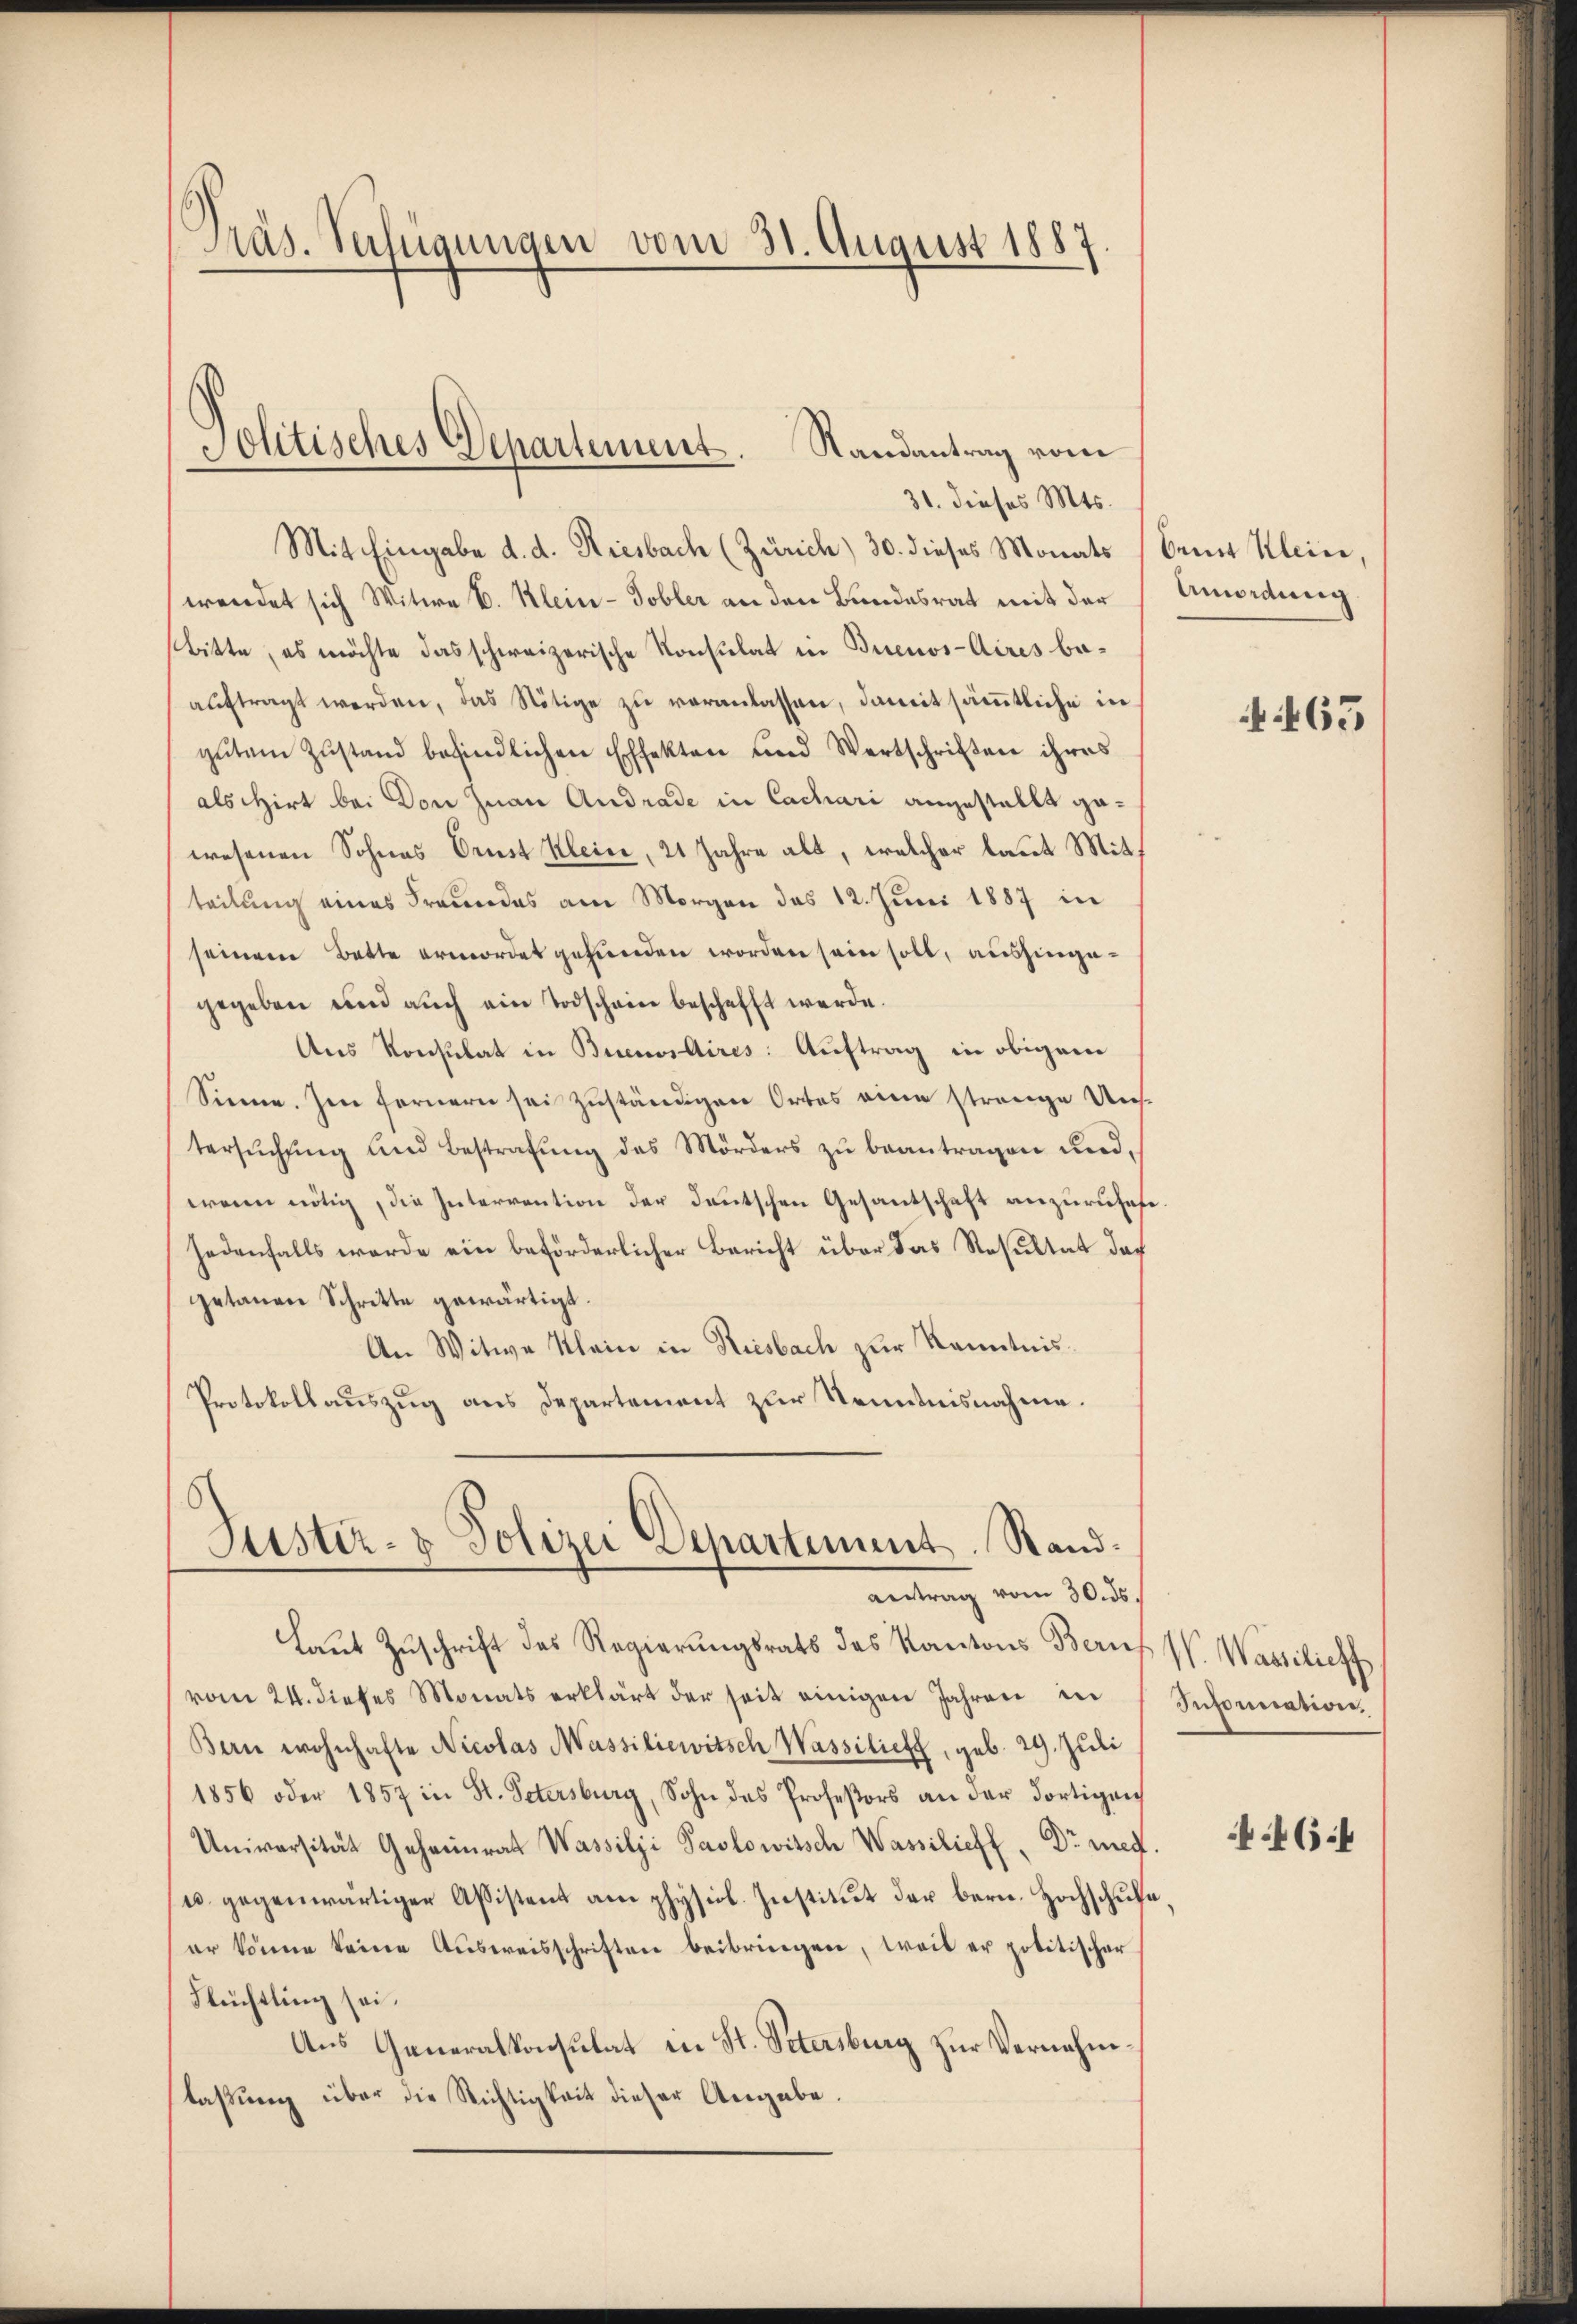
Präs. Verfügungen vom 31. August 1887

Jolitisches Departement. Randantrag vom
31. dieses Mts.

Mit Eingabe d. d. Riesbach (Zürich) 30. dieses Monats (bener Klein,
wendet sich Witwe E. Klein- Tobler an den Bundesrat mit der
bitte, es möchte das schweizerische Konsulat in Buenos-Aires beaŭftragt werden, das Nötige zu veranlassen, damit sämtliche in
gŭtem Zŭstand befindlichen Effekten und Wertschriften ihres
alschirt bei Don Juan Andrade in Cachari angestellt gewesenen Sohnes Orust Kleine, 21 Jahre alt, welcher laut Mitteilung eines Freundes am Morgen das 12. Juni 1887 in
seinem Batte ermordet gefunden worden sein soll, aushingegegeben und auch ein Todscheine beschafft werde.
Aus Konsulat in Buenosdires: Auftrag in obigem
Sinne. Im fernern sei zuständigen Ortes eine strenge Unstersuchung und Bestrafung des Mörders zu beantragen und,
wenn nötig, die Interrention der deutschen Gesantschaft anzuruhete
jedenfalls werde ein beförderlicher Bericht über das Resultat das
getanen Schritte gewärtigt.
An Witwe Klein in Riesbach zur Kenntnis¬
Protokollauszug aus Departement zur Kenntnisnahme.

Justiz- & Polizei Departiment. Stand.
antrag vom 30. ds.

Laut Zuschrift des Regierungsrats des Kantons Bern
vom 24. dieses Monats erklärt der seit einigen Jahren in
Bern wohnhafte Nicolas Massiliewitsch Wassiliet, geb. 29. Juli
1856 oder 1857 in St. Petersburg, Sohn des Professors an der dortigen
Universität Geheimrat Wassilji Paolowitsch Wassilieff. Dr med.
u. gegenwärtiger Assistent am physiol. Institut der bern. Hochschufe,
er könne keine Aŭsweisschriften beibringen, weil er politischer
Flüchtling sei.
Aus Generalkonsulat in St. Petersburg zŭr Vernehmlaßung über die Richtigkeit dieser Angabe.

Amordung

465

W. Wassilieff
Insomation

6:4